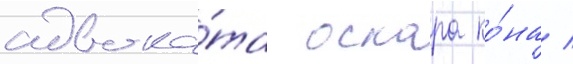
адвока́та оскара ко́на /